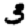
Digit: 3